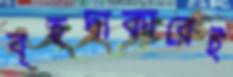
বৃহদাকারেই